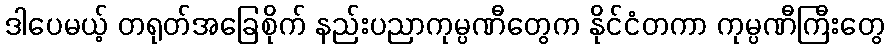
ဒါပေမယ့် တရုတ်အခြေစိုက် နည်းပညာကုမ္ပဏီတွေက နိုင်ငံတကာ ကုမ္ပဏီကြီးတွေ